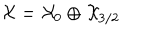
{ \cal X } = { \cal X } _ { 0 } \oplus { \cal X } _ { 3 / 2 }